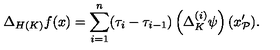
\Delta _ { H ( K ) } f ( x ) = \sum _ { i = 1 } ^ { n } ( \tau _ { i } - \tau _ { i - 1 } ) \left( \Delta _ { K } ^ { ( i ) } \psi \right) ( x _ { \mathcal { P } } ^ { \prime } \mathbf { ) . }